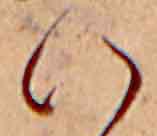
い